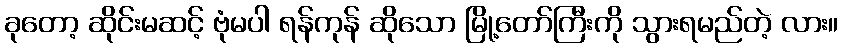
ခုတော့ ဆိုင်းမဆင့် ဗုံမပါ ရန်ကုန် ဆိုသော မြို့တော်ကြီးကို သွားရမည်တဲ့ လား။